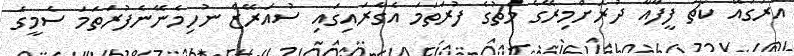
އުރުގުއޭ ކޯޗު ފީފާއާ ދުރަށްމިރޭގެ މެޗުގެ ފުރަތަމަ އެގާރައިގައި ސުއަރޭޒް ނުހިމެނޭނެފުރަތަމަ ސެމީގެ